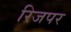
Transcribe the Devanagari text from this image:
रिजपर